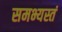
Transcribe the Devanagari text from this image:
समभ्यस्तं